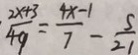
\frac { 2 x + 3 } { 4 9 } = \frac { 4 x - 1 } { 7 } - \frac { 5 } { 2 1 }